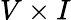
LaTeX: V\times I